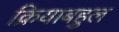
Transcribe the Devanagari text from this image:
क्रियाबहुल